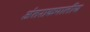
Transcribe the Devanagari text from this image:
अंतराकपालीय